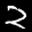
Label: 2